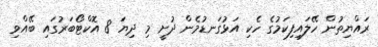
ރައްޔިތުން ހޭލައިފިކަމުގެ ހެކި އަޅުގަނޑުމެން ދުށީ މި ދިޔަ 8 އޮކްޓޯބަރުގައި ބޭއްވި